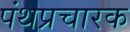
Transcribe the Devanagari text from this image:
पंथप्रचारक